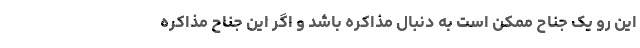
این رو یک جناح ممکن است به دنبال مذاکره باشد و اگر این جناح مذاکره